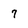
Character: 7